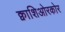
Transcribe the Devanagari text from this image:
क्वाशिओरकोर